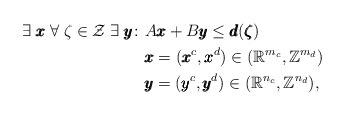
\begin{align*}\exists\;\pmb{x}\; \forall\;\zeta \in \mathcal{Z}\; \exists\;\pmb{y} \colon & A\pmb{x} + B\pmb{y} \leq \pmb{d}(\pmb{\zeta})\\& \pmb{x} = (\pmb{x}^c, \pmb{x}^d) \in (\mathbb{R}^{m_c}, \mathbb{Z}^{m_d})\\& \pmb{y} = (\pmb{y}^c, \pmb{y}^d) \in (\mathbb{R}^{n_c}, \mathbb{Z}^{n_d}),\end{align*}